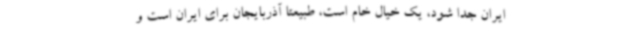
ایران جدا شود، یک خیال خام است، طبیعتاً آذربایجان برای ایران است و